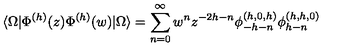
\langle \Omega | \Phi ^ { ( h ) } ( z ) \Phi ^ { ( h ) } ( w ) | \Omega \rangle = \sum _ { n = 0 } ^ { \infty } w ^ { n } z ^ { - 2 h - n } \phi _ { - h - n } ^ { ( h , 0 , h ) } \phi _ { h - n } ^ { ( h , h , 0 ) }